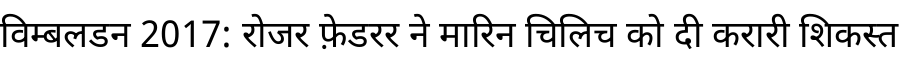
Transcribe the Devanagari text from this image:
विम्बलडन 2017: रोजर फ़ेडरर ने मारिन चिलिच को दी करारी शिकस्त